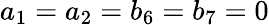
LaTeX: a_{1}=a_{2}=b_{6}=b_{7}=0